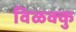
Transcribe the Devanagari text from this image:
विळक्कु